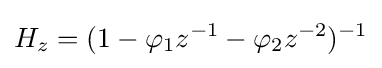
H_{z}=(1-\varphi _{1}z^{-1}-\varphi _{2}z^{-2})^{-1}